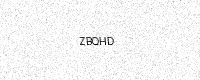
Text: ZBQHD